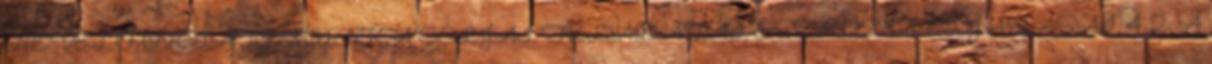
NEVELŐ-OKTATÓ MUNKA CÉLJAI, FELADATAI, ESZKÖZEI, ELJÁRÁSAI. 4 2. A